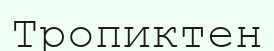
Тропиктен